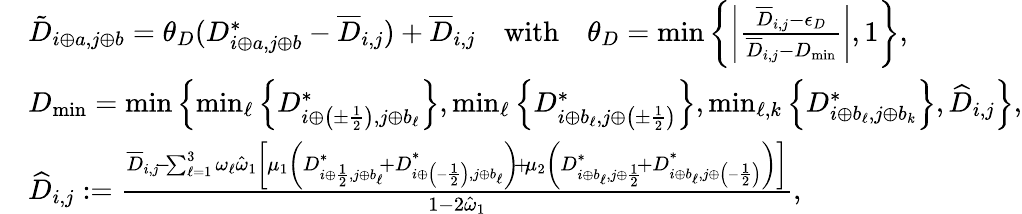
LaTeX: \begin{array}{rl}&{\tilde{D}_{i\oplus a,j\oplus b}=\theta_{D}(D_{i\oplus a,j\oplus b}^{*}-\overline{{D}}_{i,j})+\overline{{D}}_{i,j}\quad\mathrm{with}\quad\theta_{D}=\operatorname*{min}\left\{ \left|\frac{\overline{{D}}_{i,j}-\epsilon_{D}}{\overline{{D}}_{i,j}-D_{\operatorname*{min}}}\right|,1\right\} ,}\\ &{D_{\operatorname*{min}}=\operatorname*{min}\left\{ \operatorname*{min}_{\ell}\left\{ D_{i\oplus\left(\pm\frac 12\right),j\oplus b_{\ell}}^{*}\right\} ,\operatorname*{min}_{\ell}\left\{ D_{i\oplus b_{\ell},j\oplus\left(\pm\frac 12\right)}^{*}\right\} ,\operatorname*{min}_{\ell,k}\left\{ D_{i\oplus b_{\ell},j\oplus b_{k}}^{*}\right\} ,\widehat{D}_{i,j}\right\} ,}\\ &{\widehat{D}_{i,j}:=\frac{\overline{{D}}_{i,j}\! -\! \sum_{\ell=1}^{3}\omega_{\ell}\hat{\omega}_{1}\left[\mu_{1}\left(D_{i\oplus\frac 12,j\oplus b_{\ell}}^{*}\! +D_{i\oplus\left(-\frac 12\right),j\oplus b_{\ell}}^{*}\right)\! +\! \mu_{2}\left(D_{i\oplus b_{\ell},j\oplus\frac 12}^{*}\! +D_{i\oplus b_{\ell},j\oplus\left(-\frac 12\right)}^{*}\right)\right]}{1-2\hat{\omega}_{1}},}\end{array}